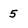
Character: 5